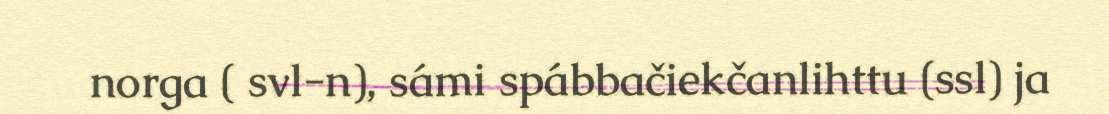
norga ( svl-n), sámi spábbačiekčanlihttu (ssl) ja